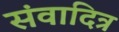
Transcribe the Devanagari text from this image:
संवादित्र